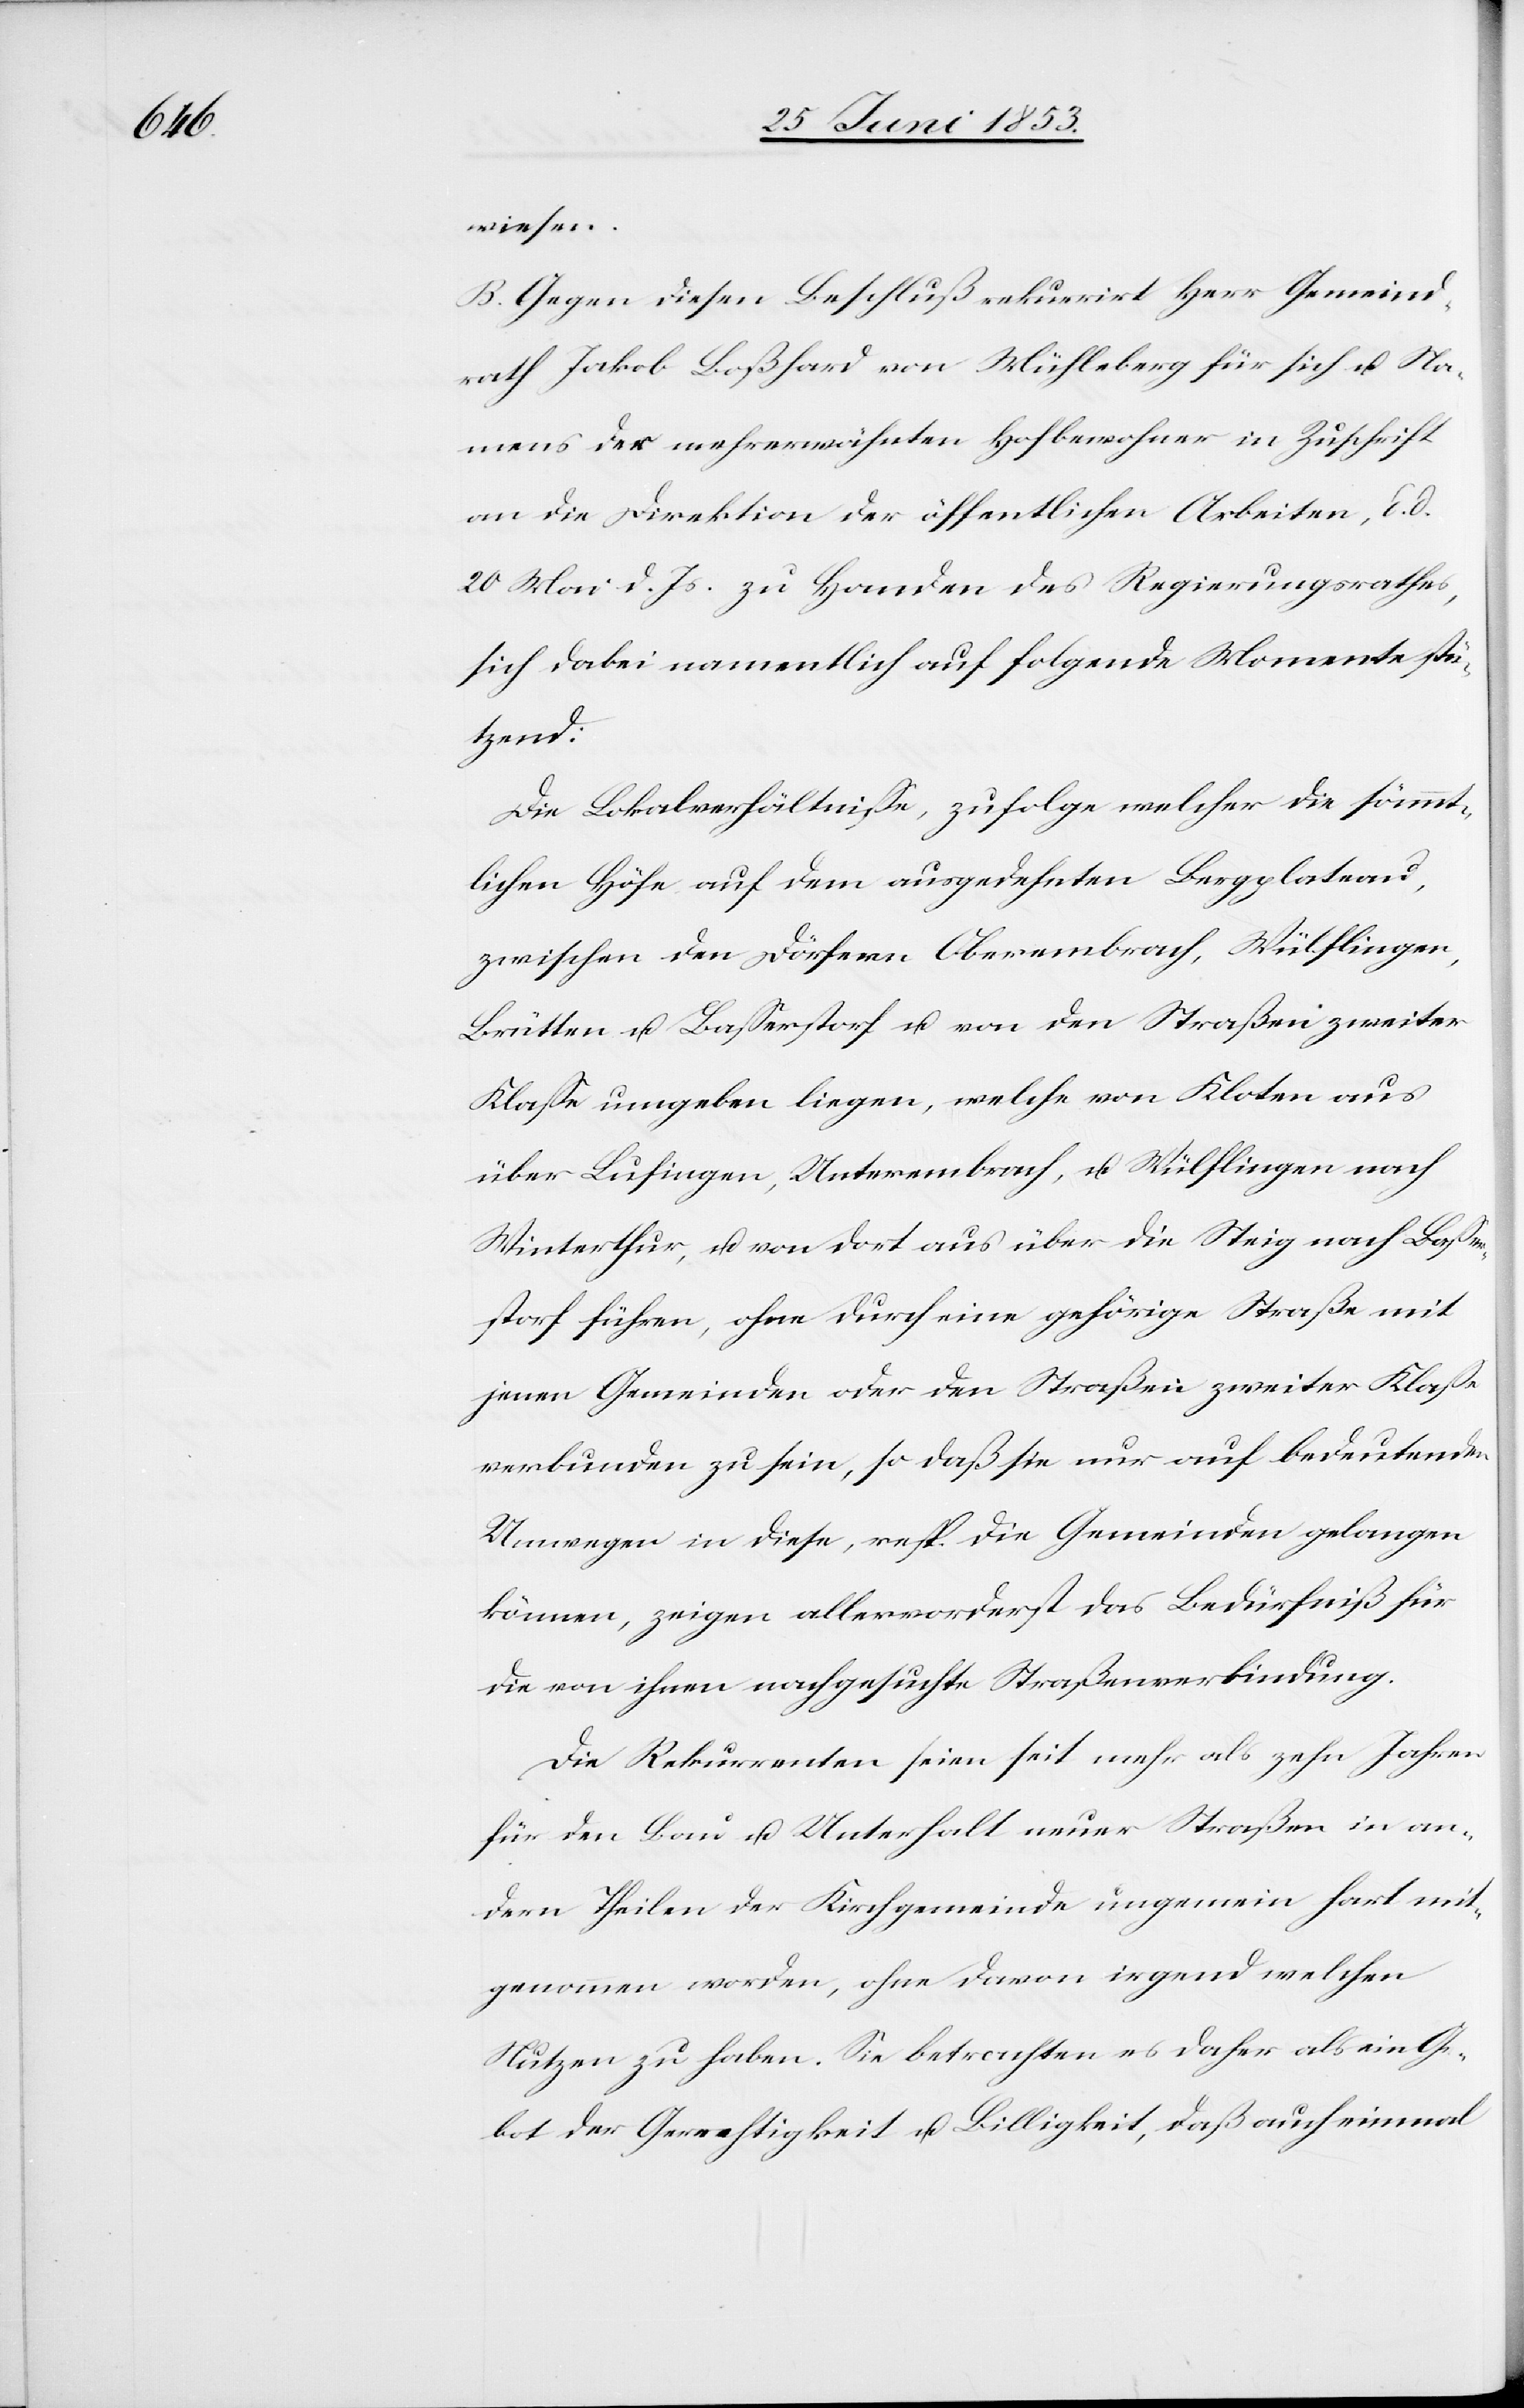
wiesen.
B. Gegen diesen Beschluß rekurrirt Herr Gemeind¬
rath Jakob Boßhard von Mühleberg für sich u. Na¬
mens der mehrerwähnten Hofbewohner in Zuschrift
an die Direktion der öffentlichen Arbeiten, d. d.
20 Mai d. Js. zu Handen des Regierungsrathes,
sich dabei namentlich auf folgende Momente stü¬
tzend:
Die Lokalverhältniße, zufolge welcher die sämmt¬
lichen Höfe auf dem ausgedehnten Bergglatrand,
zwischen den Dörfern Oberembrach, Wülflingen,
Brütten u. Baßerstorf u. von den Straßen zweiter
Klaße umgeben liegen, welche von Kloten aus
über Lusingen, Unterembrach, u. Wülflingen nach
Winterthur, u. von dort aus über die Steig nach Baßer¬
storf führen, ohne durch eine gehörige Straße mit
jenen Gemeinden oder den Straßen zweiter Klaße
verbunden zu sein, so daß sie nur auf bedeutenden
Umwegen in diese, resp. die Gemeinden gelangen
können, zeigen allervorderst das Bedürfniß für
die von ihnen nachgesuchte Straßenverbindung.
Die Rekurrenten seien seit mehr als zehn Jahren
für den Bau u. Unterhalt neuer Straßen in an¬
dern Theilen der Kirchgemeinde ungemein hart mit¬
genommen worden, ohne davon irgend welchen
Nutzen zu haben. Sie betrachten es daher als ein Ge¬
bot der Gerechtigkeit u. Billigkeit, daß auch einmal